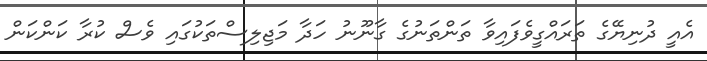
އެއީ ދުނިޔޭގެ ތަރައްގީވެފައިވާ ތަންތަނުގެ ގާނޫނު ހަދާ މަޖިލިސްތަކުގައި ވެސް ކުރާ ކަންކަން